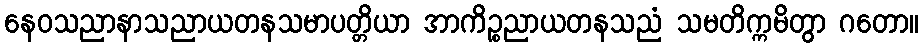
နေဝသညာနာသညာယတနသမာပတ္တိယာ အာကိဉ္စညာယတနသညံ သမတိက္ကမိတွာ ဂတော။